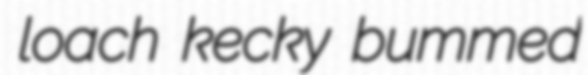
loach kecky bummed